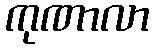
ကုဏာလာ